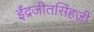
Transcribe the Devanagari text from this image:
ईंद्रजीतसिंहजी